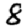
Digit: 8